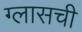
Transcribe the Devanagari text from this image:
ग्लासची